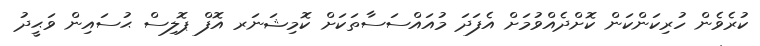
ކުރެވެން ހުރިކަންކަން ކޮށްދެއްވުމަށް އެފަދަ މުއައްސަސާތަކަށް ކޮމިޝަނަރ އޮފް ޕޮލިސް ޙުސައިން ވަޙީދު